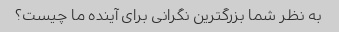
به نظر شما بزرگترین نگرانی برای آینده ما چیست؟